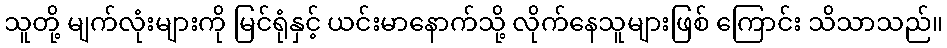
သူတို့ မျက်လုံးများကို မြင်ရုံနှင့် ယင်းမာနောက်သို့ လိုက်နေသူများဖြစ် ကြောင်း သိသာသည်။